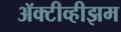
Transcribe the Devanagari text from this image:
ॲक्टीव्हीझम